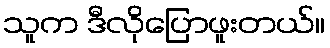
သူက ဒီလိုပြောဖူးတယ်။